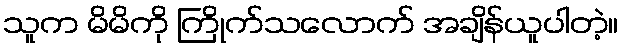
သူက မိမိကို ကြိုက်သလောက် အချိန်ယူပါတဲ့။